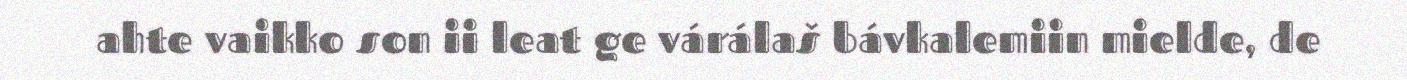
ahte vaikko son ii leat ge várálaš bávkalemiin mielde, de